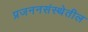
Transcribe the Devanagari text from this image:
प्रजननसंस्थेतील